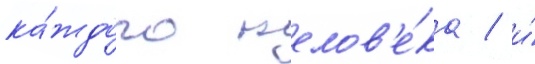
ка́ждого челов'е́ка / и́